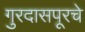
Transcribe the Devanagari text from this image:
गुरदासपूरचे